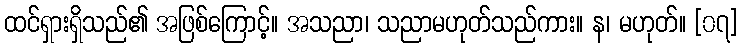
ထင်ရှားရှိသည်၏ အဖြစ်ကြောင့်။ အသညာ၊ သညာမဟုတ်သည်ကား။ န၊ မဟုတ်။ [၀၇]